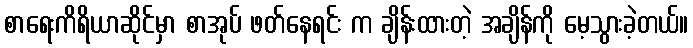
စာရေးကိရိယာဆိုင်မှာ စာအုပ် ဖတ်နေရင်း က ချိန်းထားတဲ့ အချိန်ကို မေ့သွားခဲ့တယ်။